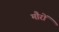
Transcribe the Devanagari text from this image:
मौरों